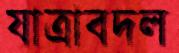
যাত্রাবদল